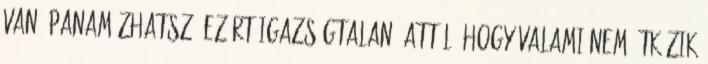
van, panamázhatsz. Ezért igazságtalan. Attól, hogy valami nem ütközik